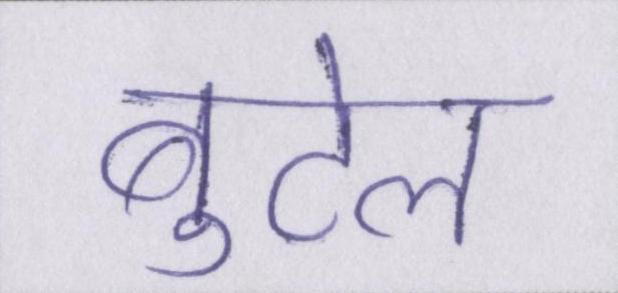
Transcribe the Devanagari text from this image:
बुटेल